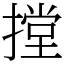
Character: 摚